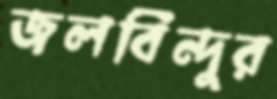
জলবিন্দুর